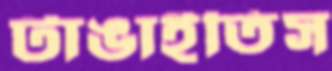
টাঙাইতিস